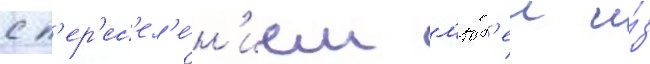
с п'ер'ес'ел'е́н'ием л'юд'еи и́з